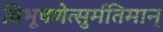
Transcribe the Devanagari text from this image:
विभूषणेत्सुर्मतिमान्